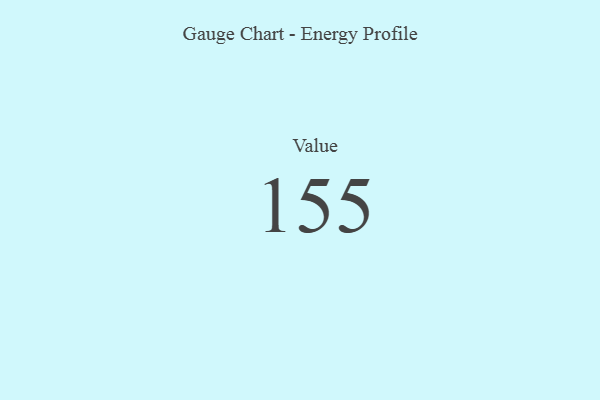
{"axis": {"x": "Metric", "y": "Value"}, "legend": [""], "data": [{"x": "Value", "y": 155, "type": ""}]}